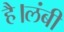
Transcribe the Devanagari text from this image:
है।लंबी